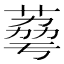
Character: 𦴾